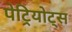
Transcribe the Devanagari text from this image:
पेट्रियोट्स